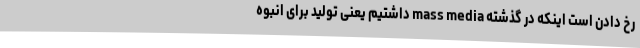
رخ دادن است اینکه در گذشته mass media داشتیم یعنی تولید برای انبوه